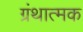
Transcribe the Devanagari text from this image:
ग्रंथात्मक